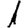
Digit: 1